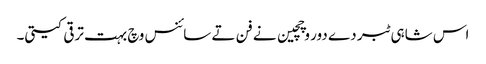
اس شاہی ٹبر دے دور وچچین نے فن تے سائنس وچ بہت ترقی کیتی۔